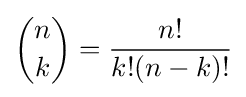
{n \choose k}={\frac {n!}{k!(n-k)!}}